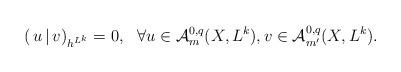
LaTeX: \begin{align*}(\,u\,|\,v)_{h^{L^k}}=0,\ \ \forall u\in\mathcal{A}^{0,q}_m(X,L^k), v\in\mathcal{A}^{0,q}_{m'}(X,L^k).\end{align*}